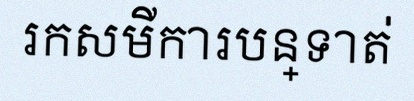
រកសមីការបន្ទាត់